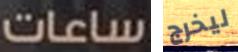
ساعات ليخرج